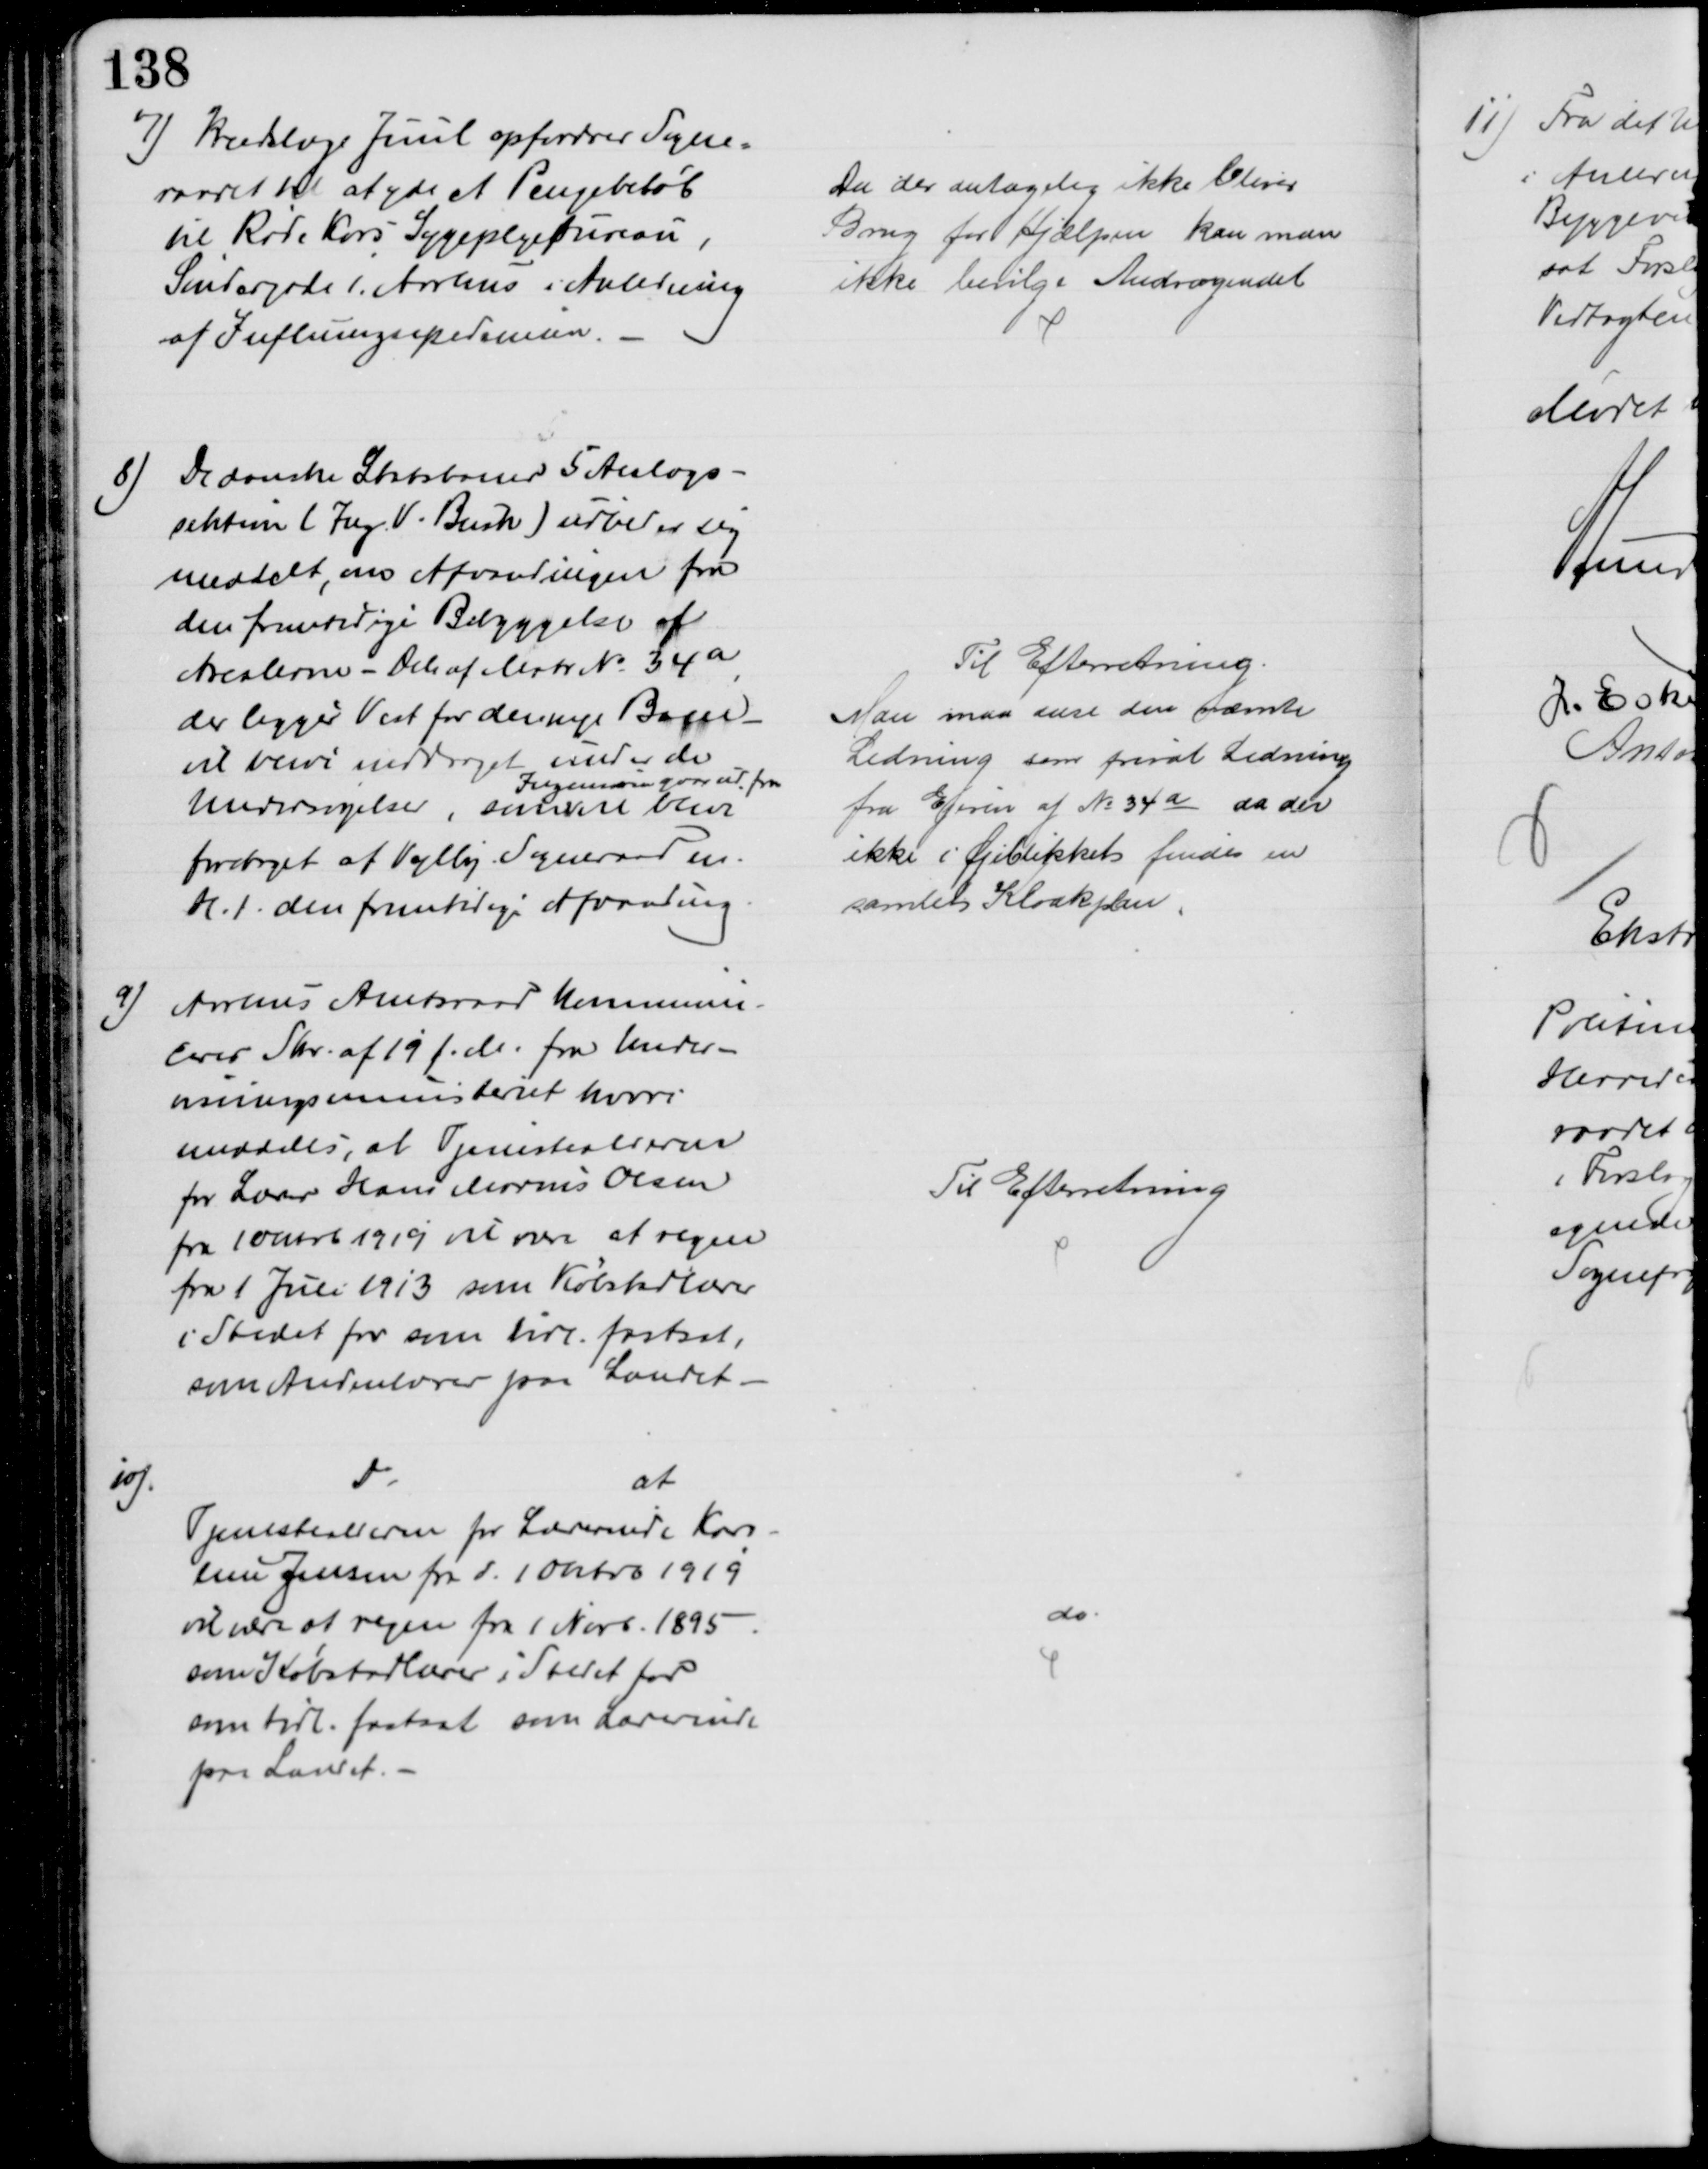
Transskription:
7) Kredslæge Juul opfordrer Sogne-
raadet til at yde et Pengebeløb
til Røde Kors Sygeplejebureau,
Søndergade 1. Aarhus i Anledning
af Influenzaepedemien.
Da der antagelig ikke bliver
Brug for Hjælpen kan man
ikke bevilge Andragendet
8) De danske Statsbaner 5 Anlægs-
sektion (Ing. V. Buch) udbeder sig
meddelt, om Afvandingen fra
den fremtidige Bebyggelse af
Arealerne - Dele af Matr № 34a,
der ligger Vest for den nye Bane
vil blive inddraget under de
Undersøgelser, som
Ingeniøren gaar ud fra
vil blive
foretaget af Vejlby Sogneraad m.
H. t. den fremtidige Afvanding.
Til Efterretning.
Man maa anse den nævnte
Ledning som privat Ledning
fra Ejeren af № 34a da der
ikke i Øjeblikket findes en
samlet Kloakplan.
9)
Aarhus Amtsraad kommuni-
cerer Skr. af 19 f. M. fra Under-
visningsministeret hvori 
meddeles, at Tjenestealderen
for Lærer Hans Marius Olsen
fra 10 Oktob 1919 vil være at regne
fra 1 Juli 1913 som Købstadlærer
i Stedet for som tidl. fastsat,
som Andenlærer paa Landet
Til Efterretning
10).
Do
at
Tjenestealderen for Lærerinde Karo-
line Jensen fra d. 1 Oktob 1919
vil være at regne fra 1 Novb. 1895
som Købstadlærer i Stedet for
som tidl. fastsat som Lærerinde
paa Landet.
do